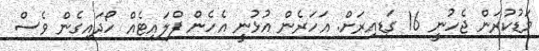
މަޑުކުރަން ޖެހުނީ 16 ގަޑިއިރަށް. އަހަރެން އުޅުނީ އެހެން ފްލައިޓެއް ހޯދައިގެން ވެސް